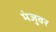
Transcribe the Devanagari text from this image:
मंजुवर